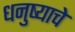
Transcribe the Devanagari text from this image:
धनुष्याचे